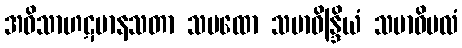
အဝိသာဟဋမာနသတာ သမထော သမာဓိန္ဒြိယံ သမာဓိဗလံ